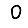
Digit: 0